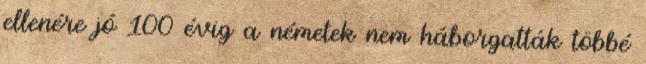
ellenére jó 100 évig a németek nem háborgatták többé